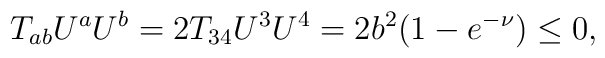
T_{ab}U^a U^b=2T_{34}U^3U^4= 2 b^2 (1- e^{-\nu}) \le 0,